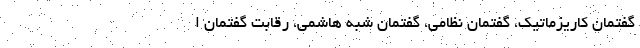
گفتمان کاریزماتیک، گفتمان نظامی، گفتمان شبه هاشمی، رقابت گفتمان ا